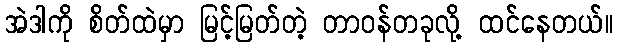
အဲဒါကို စိတ်ထဲမှာ မြင့်မြတ်တဲ့ တာဝန်တခုလို့ ထင်နေတယ်။